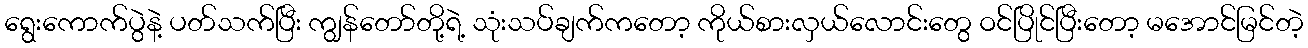
ရွေးကောက်ပွဲနဲ့ ပတ်သက်ပြီး ကျွန်တော်တို့ရဲ့ သုံးသပ်ချက်ကတော့ ကိုယ်စားလှယ်လောင်းတွေ ဝင်ပြိုင်ပြီးတော့ မအောင်မြင်တဲ့